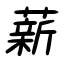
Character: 薪